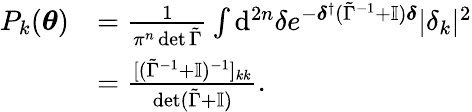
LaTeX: \begin{array}{rl}{P_{k}(\boldsymbol{\theta})}&{=\frac{1}{\pi^{n}\det\tilde{\Gamma}}\int\mathrm{d}^{2n}{\delta}e^{-\boldsymbol{\delta}^{\dagger}(\tilde{\Gamma}^{-1}+\mathbb{I})\boldsymbol{\delta}}|\delta_{k}|^{2}}\\ &{=\frac{[(\tilde{\Gamma}^{-1}+\mathbb{I})^{-1}]_{kk}}{\det(\tilde{\Gamma}+\mathbb{I})}.}\end{array}